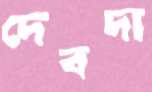
দেবদা